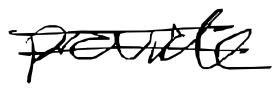
Text: provide
Cross-out: double-line
Writing tool: digital_black